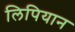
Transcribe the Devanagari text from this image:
लिपियान